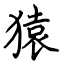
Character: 猿